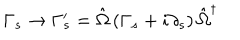
\Gamma _ { s } \rightarrow \Gamma _ { s } ^ { \prime } = \hat { \Omega } \left( \Gamma _ { s } + i \partial _ { s } \right) \hat { \Omega } ^ { \dagger }